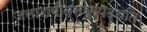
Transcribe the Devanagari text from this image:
जलाशयोत्सर्गपद्धतिः